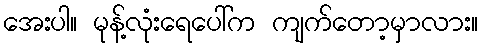
အေးပါ။ မုန့်လုံးရေပေါ်က ကျက်တော့မှာလား။